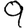
Digit: 9